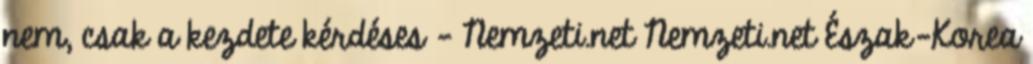
nem, csak a kezdete kérdéses - Nemzeti.net Nemzeti.net Észak-Korea